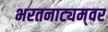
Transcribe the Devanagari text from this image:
भरतनाट्यम्‌वर